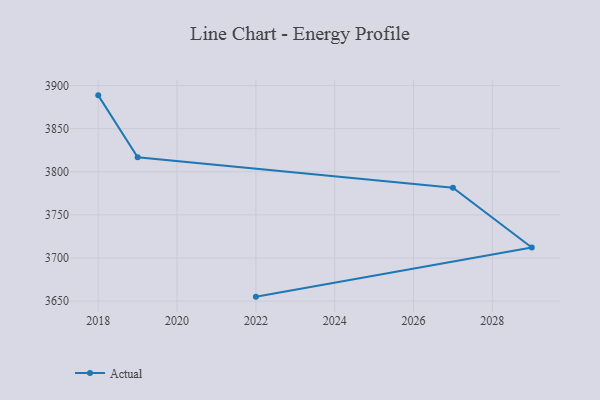
{"axis": {"x": "Year", "y": "Population (Million)"}, "legend": ["Actual"], "data": [{"x": "2022", "y": 3655.1, "type": "Actual"}, {"x": "2029", "y": 3712.1, "type": "Actual"}, {"x": "2027", "y": 3781.5, "type": "Actual"}, {"x": "2019", "y": 3816.8, "type": "Actual"}, {"x": "2018", "y": 3888.7, "type": "Actual"}]}